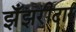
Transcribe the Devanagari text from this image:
झँझरीदार